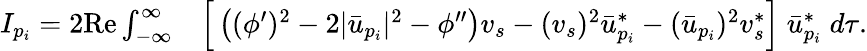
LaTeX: \begin{array}{rl}{I_{p_{i}}=2\mathrm{Re}\int_{-\infty}^{\infty}}&{{}\Big[\left((\phi^{\prime})^{2}-2|\bar{u}_{p_{i}}|^{2}-\phi^{\prime\prime}\right)v_{s}-(v_{s})^{2}\bar{u}_{p_{i}}^{*}-(\bar{u}_{p_{i}})^{2}v_{s}^{*}\Big]\; \bar{u}_{p_{i}}^{*}\; d\tau.}\end{array}